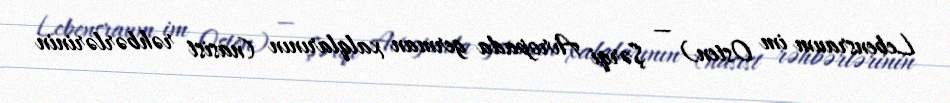
Lebensraum im Osten) — Şərqi Avropada german xalqlarının (nasist rəhbərlərinin